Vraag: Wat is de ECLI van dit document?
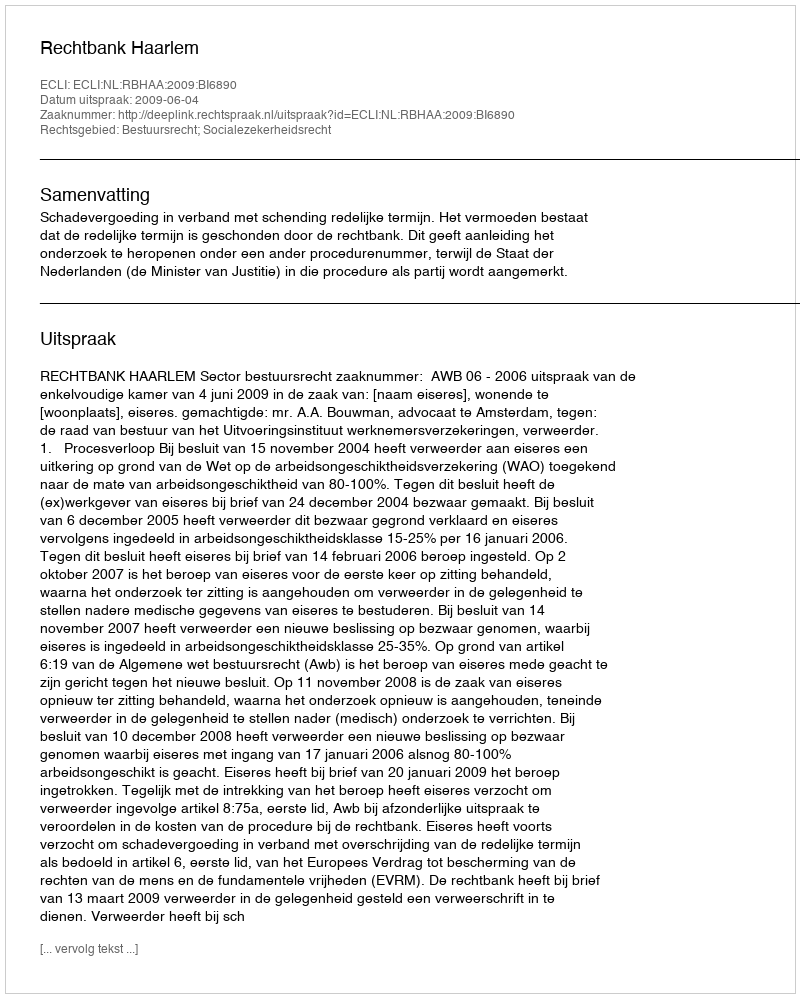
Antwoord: ECLI:NL:RBHAA:2009:BI6890